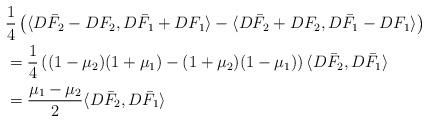
LaTeX: \begin{align*}&\frac 1 4 \left( \langle D \bar F_2 - D F_2, D \bar F_1 +D F_1 \rangle -\langle D \bar F_2 + D F_2, D \bar F_1 -D F_1 \rangle\right)\\& = \frac 1 4 \left((1-\mu_2) ( 1+\mu_1) - (1+\mu_2) (1-\mu_1)\right) \langle D \bar F_2, D \bar F_1\rangle\\& = \frac{\mu_1 - \mu_2}{2} \langle D \bar F_2, D \bar F_1\rangle\end{align*}